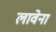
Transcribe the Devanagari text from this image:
लावेना